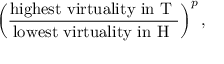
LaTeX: \left( \frac { \mathrm { h i g h e s t ~ v i r t u a l i t y ~ i n ~ T ~ } } { \mathrm { l o w e s t ~ v i r t u a l i t y ~ i n ~ H ~ } } \right) ^ { p } ,